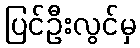
ပြင်ဦးလွင်မှ